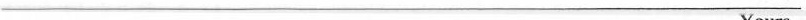
___